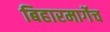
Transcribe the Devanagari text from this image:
बिहारमार्गेच